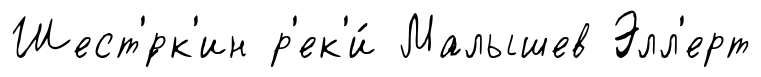
Шест'́рк'ин р'ек'и́ Малышев Элл'ерт